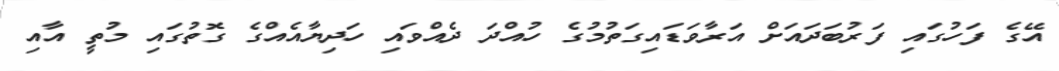
އޭގެ ފަހުގައި ފަރުބަދައަށް އަރާވަޑައިގަތުމުގެ ހުއްދަ ދެއްވައި ހަދިޔާއެއްގެ ގޮތުގައި މުތީ އާއި